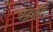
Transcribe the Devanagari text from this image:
चंद्रादि